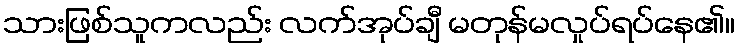
သားဖြစ်သူကလည်း လက်အုပ်ချီ မတုန်မလှုပ်ရပ်နေ၏။